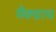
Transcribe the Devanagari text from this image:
मैक्ग्राथ